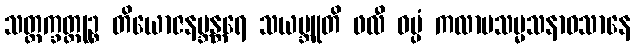
သတ္တက္ခတ္တုဉ္စ တိယောဇနဗ္ဘန္တရေ သယမ္ဘူတိ ဖလီ ဝပ္ပံ ကလာပသမ္မသနာဝသာနေ